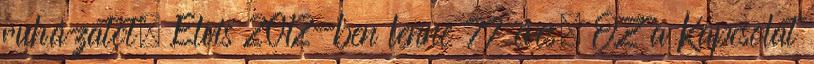
ruházatot. Elvis 2012-ben lenne 77 éves. OZ a Kapcsolat